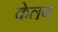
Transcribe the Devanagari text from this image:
केलण